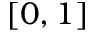
[ 0 , 1 ]